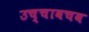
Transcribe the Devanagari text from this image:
उच्चावचव